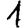
Digit: 1